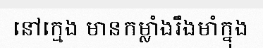
នៅក្មេង មានកម្លាំងរឹងមាំក្នុង